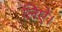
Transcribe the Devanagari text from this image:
लिऐ।